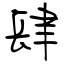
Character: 肆